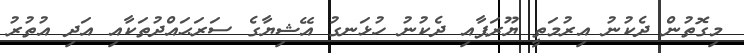
މިގޮތުން ދެކުނު އިރުމަތީ ޔޫރަޕާއި ދެކުނު ހުޅަނގު އޭޝިޔާގެ ސަރަޙައްދުތަކާއި އަދި އުތުރު